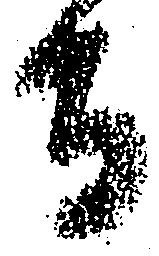
寺